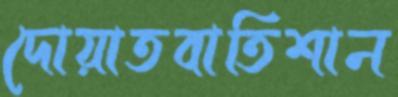
দোয়াতবাতিশান